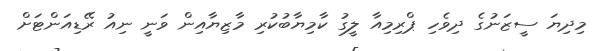
މިދިޔަ ސީޒަނުގެ ދިވެހި ޕްރިމިއާ ލީގު ކާމިޔާބުކުރި މާޒިޔާއިން ވަނީ ނިއު ރޭޑިއަންޓަށް